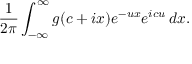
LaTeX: { \frac { 1 } { 2 \pi } } \int _ { - \infty } ^ { \infty } g ( c + i x ) e ^ { - u x } e ^ { i c u } \, d x .